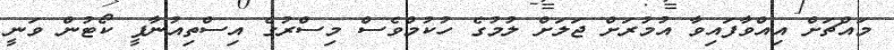
މައްޗަށް އިއްވާފައިވާ އުމުރަށް ޖަލަށް ލުމުގެ ހުކުމްވެސް މިސްރުގެ އިސްތިއުނާފީ ކޯޓުން ވަނީ